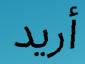
أريد